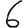
Digit: 6